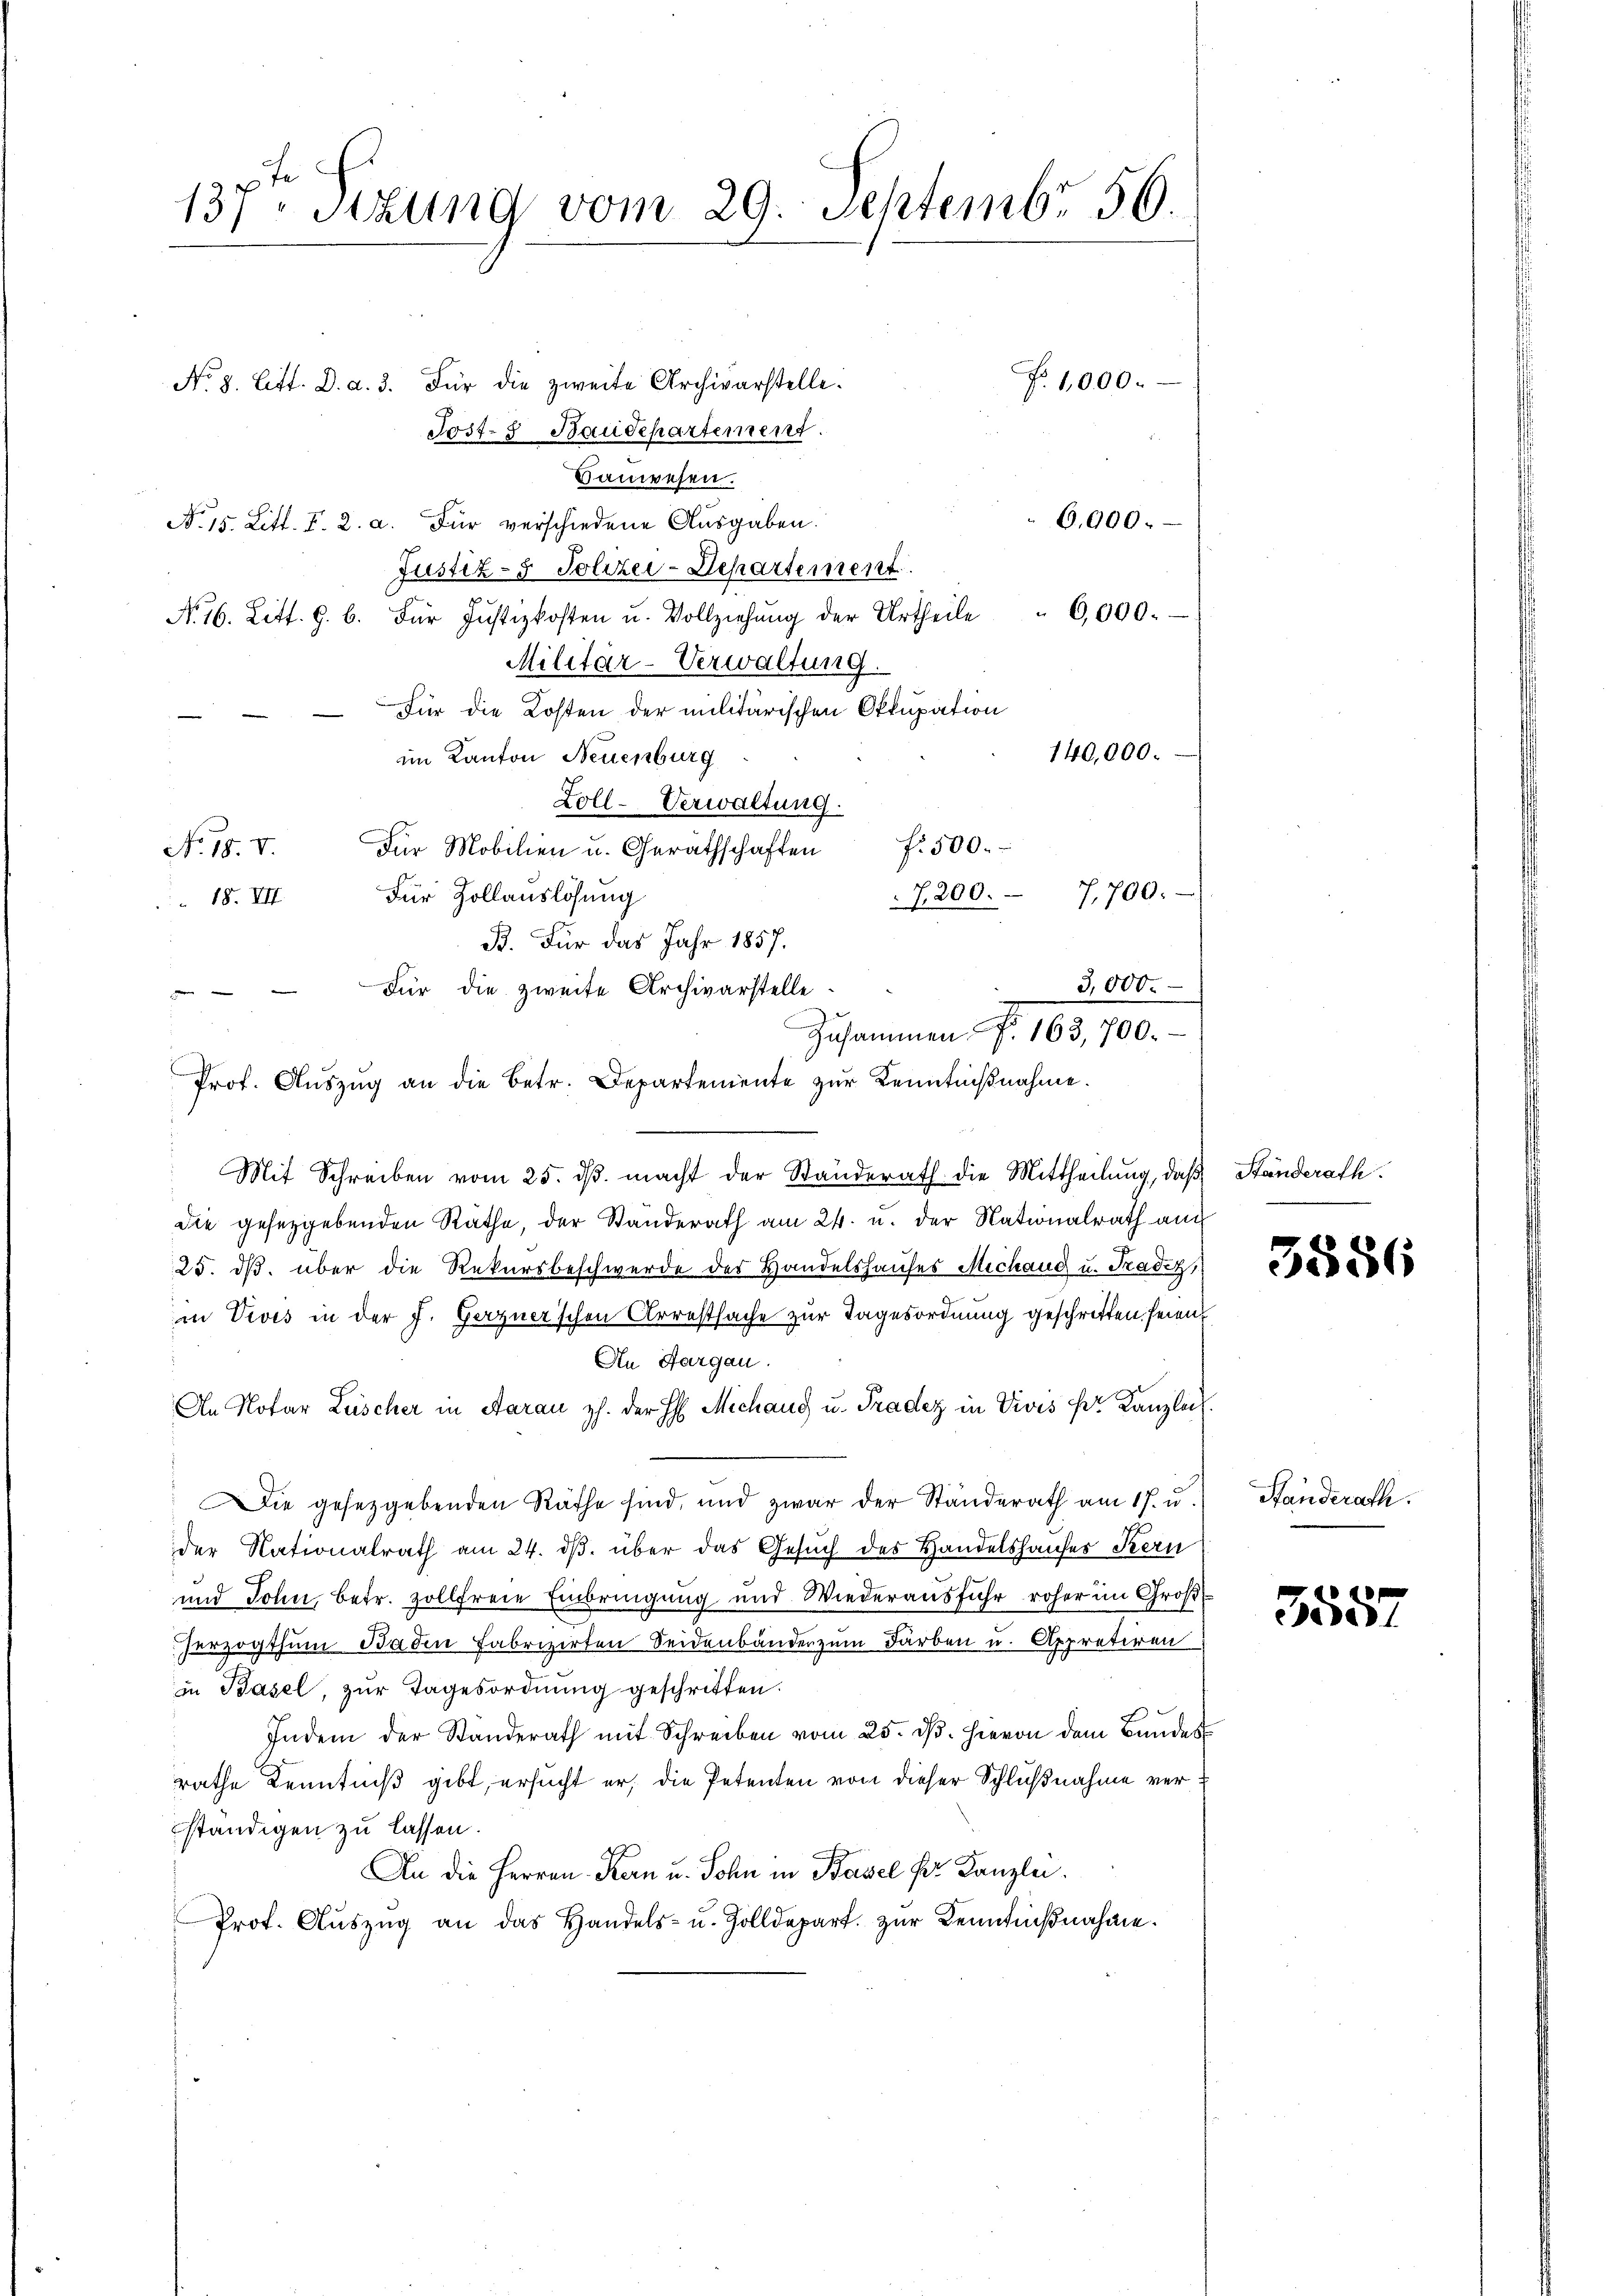
Hauwesen.
6,000.
No 15. Litt. I. 2. a. Für verschiedene Ausgaben.
Justiz- & Polizei-Departement
6,000.
No. 16. Litt. G. B. Für Justizkosten u. Vollziehung der Urtheile
Militär-Verwaltung.
Für die Kosten der militärischen Okkupation
140,000.
im Kanton Neuenburg
Zoll-Verwaltung.
f. 500.
No. 18. V.
Für Mobilien u. Geräthschaften
18. VII. Für Zollauslösung
7200. 7,700.
B. Für das Jahr 1857.
3,000.
Für die zweite Archivarstelle
e
Prof. Auszug an die Betr. Departemente zur Kenntnißnahme.
Mit Schreiben vom 25. ds. macht der Ständerath die Mittheilung, daß
die gesetzgebenden Rathe, der Standerath am 24. u. der Nationalrath auch
25. ds. über die Rekursbeschwerde des Handelshauses Michand u. Tradiz,
in Veves in der J. Gerzner'schen Arrestsache zur Tagesordnung geschritten seien,
An Aargau.
An Notar Lüscher in Aarau z. der H. Michang u. Pradez in Vivis pr. Kanzlei.
Die gesetzgebenden Räthe sind, und zwar der Ständerath am 17. u.
der Nationalrath am 24. dβ über das Gesuch des Handelshauses Kern
und John, betr. zollfreie Einbringŭng und Wiederaŭsführ roher im Groß
herzogthum Baden Fabrizirten Seidenbänder zum Färben u. Appretiren:
in Basel, zŭr Tagesordnung geschritten.
Indem der Standerath mit Schreiben vom 25. d. Hievon dem Bundes
rathe Kenntniß gibt, ersucht er, die Petenten von dieser Schlußnahme verständigen zu lassen.
An die Herren Kern u. Sohn in Basel pr. Kanzlei.
Prot. Aŭszŭg an das Handels- u. Zolldepart. zŭr Kenntniβnahme.

137Stzung vom 29. Septembr 56.
No 3. Litt. D. a. 3. Für die zweite Archivarstelle.
N 1,000.
Post- & Baudepartement.

Zusammen. F. 163,700.

Ständerath.

3556

Ständerath.

e
350